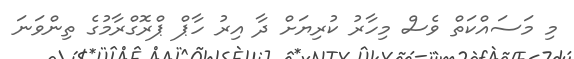
މި މަސައްކަތް ވެސް މިހާރު ކުރިޔަށް ދާ އިރު ހާޕް ޕްރޮގްރާމުގެ ތިންވަނަ